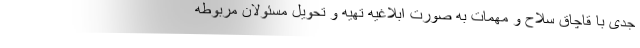
جدی با قاچاق سلاح و مهمات به صورت ابلاغیه تهیه و تحویل مسئولان مربوطه